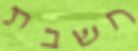
חשבת